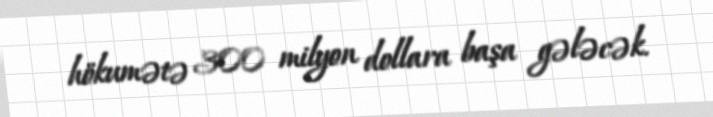
hökumətə 300 milyon dollara başa gələcək.